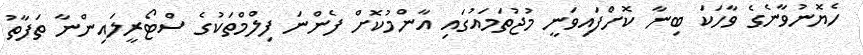
ހެޔޮނުވާނެގެ ވާހަކަ ބިނާ ކޮށްފައިވަނީ މުޖުތަމައުގައި އާންމުކޮށް ފެންނަ ފިލްމްތަކުގެ ސްޓޯރީލައިންނާ ތަފާތު